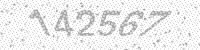
Solution: 142567